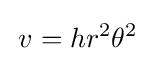
\,{v=hr^{2}\theta ^{2}}